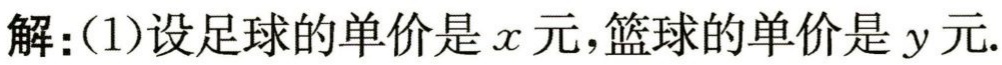
解：(1)设足球的单价是\(x\)元，篮球的单价是\(y\)元.